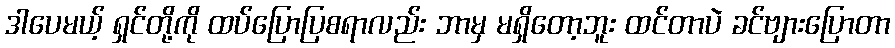
ဒါပေမယ့် ရှင်တို့ကို ထပ်ပြောပြစရာလည်း ဘာမှ မရှိတော့ဘူး ထင်တာပဲ ခင်ဗျားပြောတာ